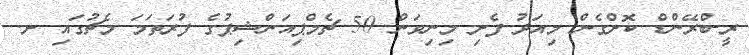
ރީ-ބްރޭންޑް ކޮށްގެން މިއަދު ފެށި މިނިވަން 50 ޗެމްޕިއަންޝިޕުގެ ފުރަތަމަ މެޗުގައި ށ.